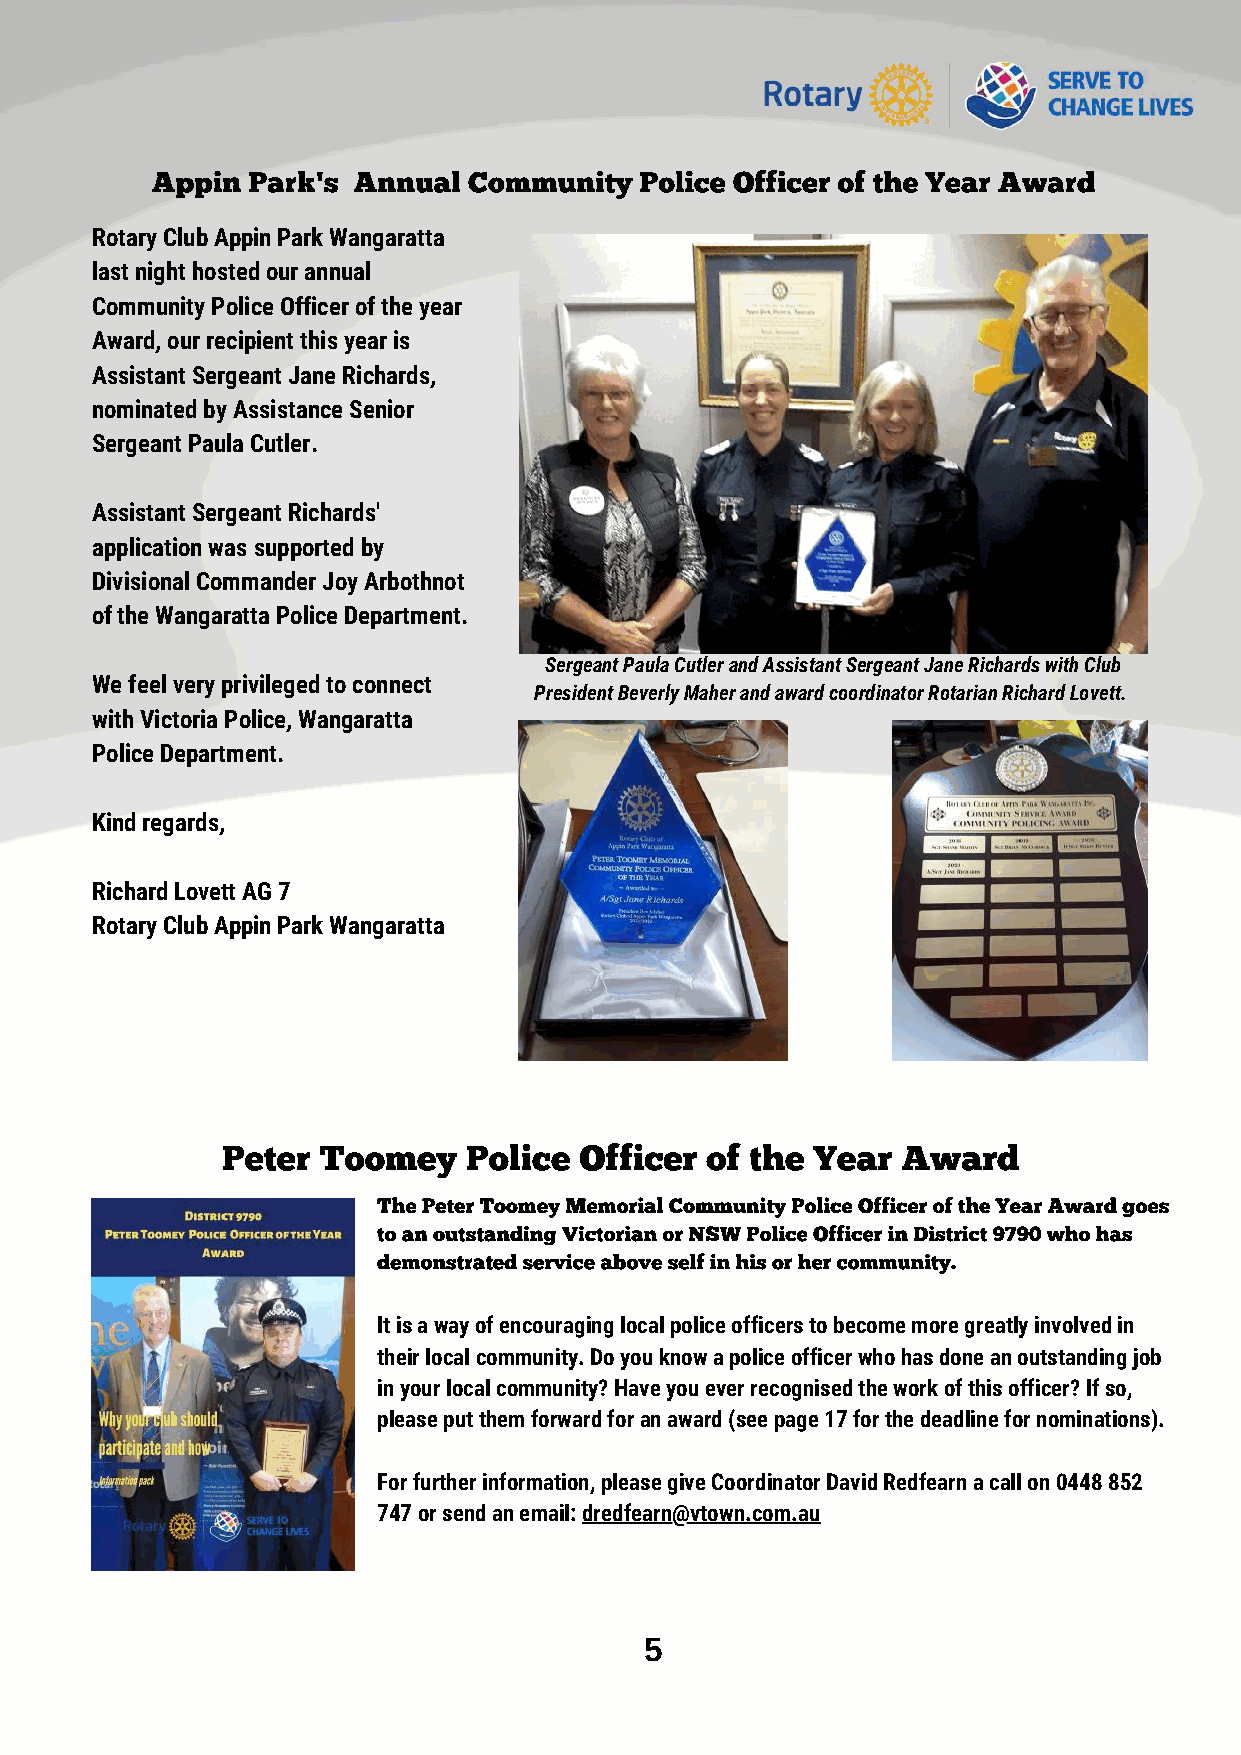
Appin Park's Annual  Community  Police Officer of the Year Award
 Rotary Club Appin Park Wangaratta
 last night hosted our annual
 Community Police Officer of the year
 Award, our recipient this year is
 Assistant Sergeant Jane Richards,
 nominated by Assistance Senior
 Sergeant Paula Cutler.
 Assistant Sergeant Richards'
 application was supported by
 Divisional Commander Joy Arbothnot
 of the Wangaratta Police Department.
 Sergeant Paula Cutler and Assistant Sergeant Jane Richards with Club
 We feel very privileged to connect
 President Beverly Maher and award coordinator Rotarian Richard Lovett.
 with Victoria Police, Wangaratta
 Police Department.
 Kind regards,
 Richard Lovett AG 7
 Rotary Club Appin Park Wangaratta
 Peter Toomey    Police Officer  of the Year  Award
 The Peter Toomey Memorial Community Police Officer of the Year Award goes
 to an outstanding Victorian or NSW Police Officer in District 9790 who has
 demonstrated service above self in his or her community.
 It is a way of encouraging local police officers to become more greatly involved in
 their local community. Do you know a police officer who has done an outstanding job
 in your local community? Have you ever recognised the work of this officer? If so,
 please put them forward for an award (see page 17 for the deadline for nominations).
 For further information, please give Coordinator David Redfearn a call on 0448 852
 747 or send an email: dredfearn@vtown.com.au
 5